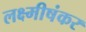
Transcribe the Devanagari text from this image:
लक्ष्मीषंकर